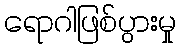
ရောဂါဖြစ်ပွားမှု